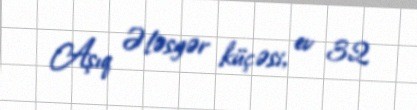
Aşıq Ələsgər küçəsi, ev 32